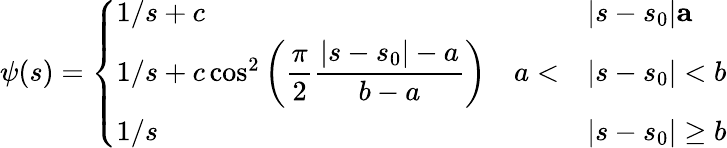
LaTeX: \psi(s)=\left\{ \begin{array}{ll}{1/s+c\quad}&{|s-s_{0}|\le a}\\ {1/s+c\cos^{2}\left(\displaystyle{\frac{\pi}{2}\frac{|s-s_{0}|-a}{b-a}}\right)\quad a<}&{|s-s_{0}|<b}\\ {1/s\quad}&{|s-s_{0}|\geq b}\end{array}\right.